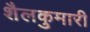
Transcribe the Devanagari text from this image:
शैलकुमारी